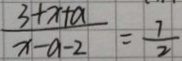
\frac { 3 + x + a } { x - a - 2 } = \frac { 7 } { 2 }